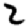
Digit: 2